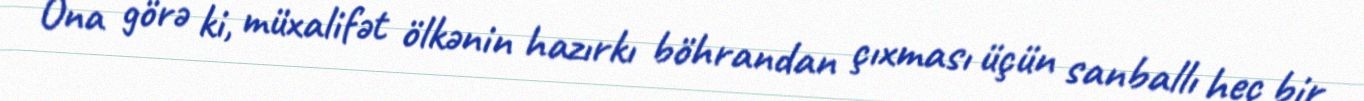
Ona görə ki, müxalifət ölkənin hazırkı böhrandan çıxması üçün sanballı heç bir